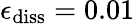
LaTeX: \epsilon_{\mathrm{diss}}=0.01